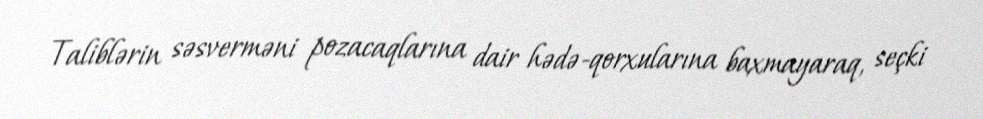
Taliblərin səsverməni pozacaqlarına dair hədə-qorxularına baxmayaraq, seçki